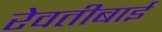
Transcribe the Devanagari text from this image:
रेवतीबाई